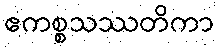
ဧကစ္စသဿတိကာ